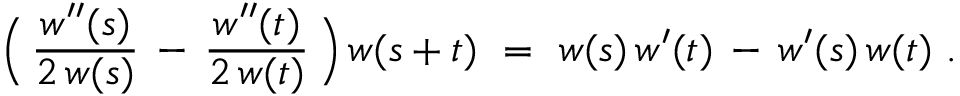
\Bigl ( \, { \frac { w ^ { \prime \prime } ( s ) } { 2 \, w ( s ) } } \, - \, { \frac { w ^ { \prime \prime } ( t ) } { 2 \, w ( t ) } } \, \Bigr ) \, w ( s + t ) ~ = ~ w ( s ) \, w ^ { \prime } ( t ) \, - \, w ^ { \prime } ( s ) \, w ( t ) ~ .